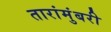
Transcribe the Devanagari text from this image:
तारांमुंबरी